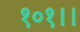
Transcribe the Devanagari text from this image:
१०१।।